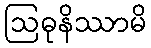
ဩဓုနိဿာမိ